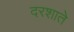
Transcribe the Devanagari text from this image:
दरशाते